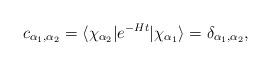
LaTeX: \begin{align*}c_{\alpha_{1},\alpha_{2}} = \langle \chi_{\alpha_{2}}\vert e^{-Ht} \vert \chi_{\alpha_{1}} \rangle = \delta_{\alpha_{1},\alpha_{2}}, \end{align*}